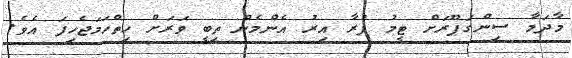
މާދަމާ ސިންގަޕޫރަށް ޓީމު ފުރާ އިރު އެންމެން ތިބީ ވަރަށް ހިތްހަމަޖެހިފަ އެވެ.